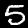
Digit: 5